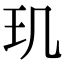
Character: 玑